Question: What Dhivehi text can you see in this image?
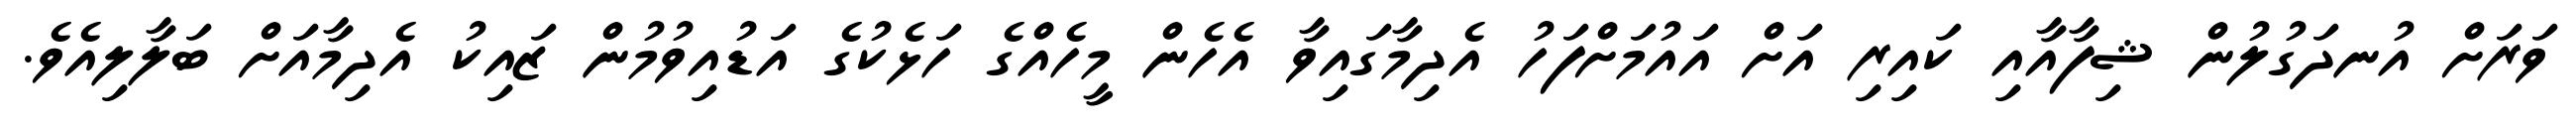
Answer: ވަރަށް އުނދަގުލުން ޝިފާއާއި ކައިރި އަށް އައުމަށްފަހު އެދިމާގައިވާ އެހެން މީހެއްގެ ހަޅެކުގެ އަޑުއިވުމުން ޒައިކު އެދިމާއަށް ބަލާލިއެވެ.